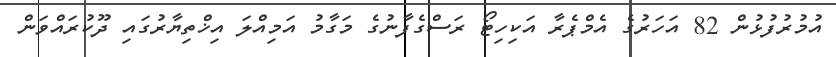
އުމުރުފުޅުން 82 އަހަރުގެ އެމްޕެރާ އަކިހިޓޯ ރަސްގެފާނުގެ މަގާމު އަމިއްލަ އިޚްތިޔާރުގައި ދޫކުރައްވަން